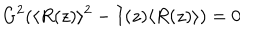
G ^ { 2 } ( \langle R ( z ) \rangle ^ { 2 } - I ( z ) \langle R ( z ) \rangle ) = 0